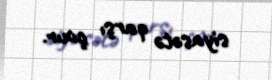
siyasətə qarşı çıxır.